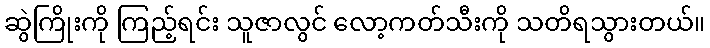
ဆွဲကြိုးကို ကြည့်ရင်း သူဇာလွင် လော့ကတ်သီးကို သတိရသွားတယ်။